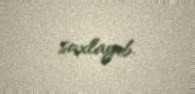
saxlayıb.